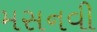
મસનવી